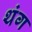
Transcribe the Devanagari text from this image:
थंग